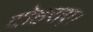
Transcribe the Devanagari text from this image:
दोहराए।